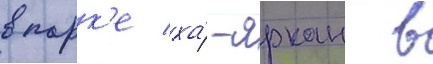
в парк'е ха́-яркон в